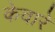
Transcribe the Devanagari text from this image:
केवारे